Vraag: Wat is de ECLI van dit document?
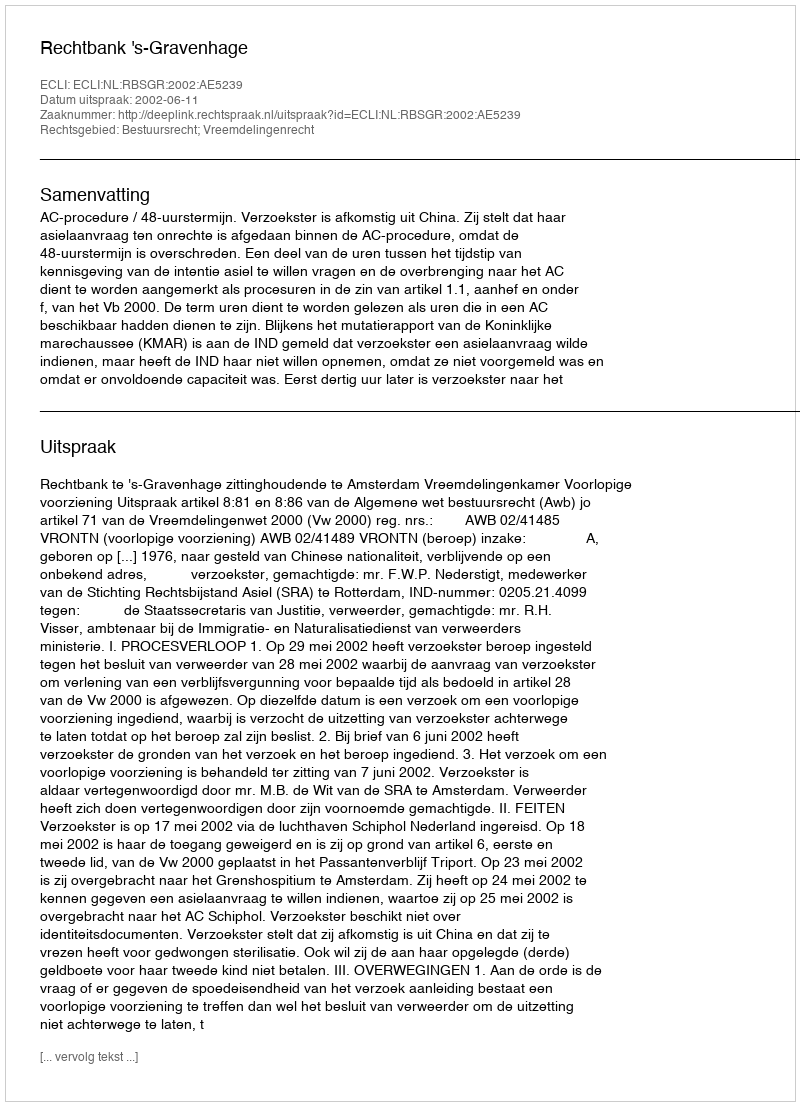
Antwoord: ECLI:NL:RBSGR:2002:AE5239